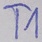
Text: T1